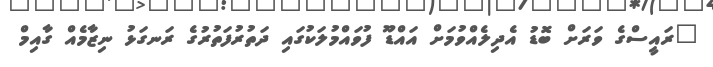
"ރައީސްގެ ވަރަށް ބޮޑު އެދިލެއްވުމަށް އައްޑޫ ފުވައްމުލަކުގައި ދަތުރުފަތުރުގެ ރަނގަޅު ނިޒާމެއް ގާއިމް